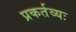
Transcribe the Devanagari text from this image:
प्रकर्तव्यः